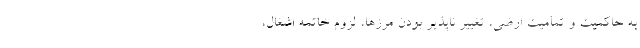
به حاکمیت و تمامیت ارضی، تغییر ناپذیر بودن مرزها، لزوم خاتمه اشغال،